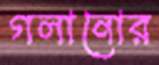
গলানোর